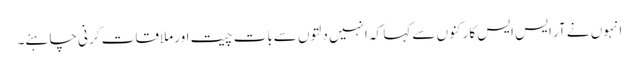
انہوں نے آر ایس ایس کارکنوں سے کہا کہ انہیں دلتوں سےبات چیت اور ملاقات کر نی چاہئے۔